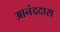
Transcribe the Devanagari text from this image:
आनंददास